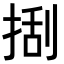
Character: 𢯔